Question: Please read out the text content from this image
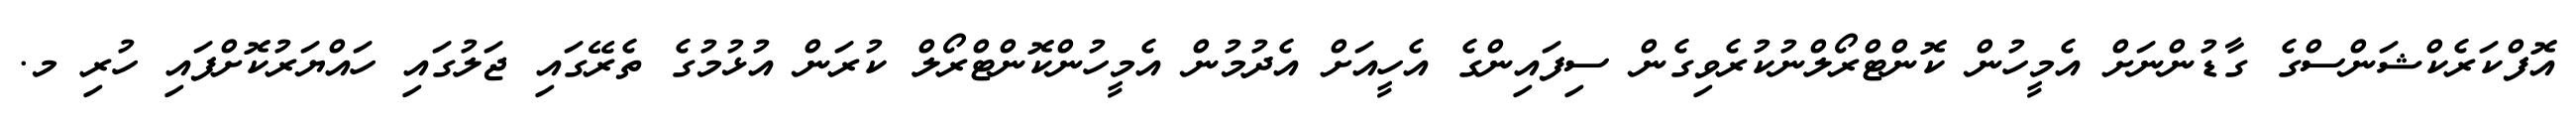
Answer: އޮފްކަރެކްޝަންސްގެ ގާޑުންނަށް އެމީހުން ކޮންޓްރޯލްނުކުރެވިގެން ސިފައިންގެ އެހީއަށް އެދުމުން އެމީހުންކޮންޓްރޯލް ކުރަން އުޅުމުގެ ތެރޭގައި ޖަލުގައި ހައްޔަރުކޮށްފައި ހުރި މ.